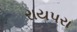
રાયપરા